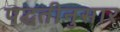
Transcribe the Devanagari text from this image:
पद्घतीनुसार